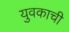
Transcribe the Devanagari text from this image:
युवकाची